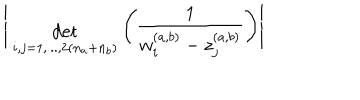
LaTeX: \Bigg | { \; \atop { \mathrm { d e t } \atop { \scriptstyle i , j = 1 , . . . , 2 ( n _ { a } + n _ { b } ) } } } \Bigg ( \frac { 1 } { w _ { i } ^ { ( a , b ) } - z _ { j } ^ { ( a , b ) } } \Bigg ) \Bigg |